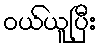
ဝယ်ယူပြီး